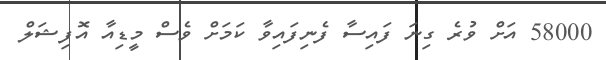
58000 އަށް ވުރެ ގިނަ ފައިސާ ފެނިފައިވާ ކަމަށް ވެސް މީޑިއާ އޮފިޝަލް